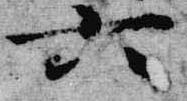
六